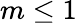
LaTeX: m\leq 1